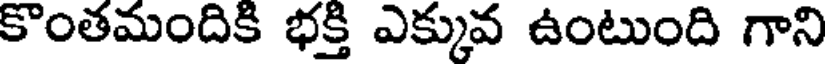
కొంతమందికి భక్తి ఎక్కువ ఉంటుంది గాని